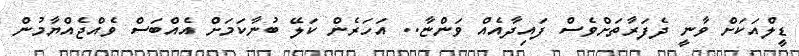
ޑީލްއަކަށް ވާނީ ދެފަރާތަށްވެސް ފައިދާއެއް ވަންޏާ.. އަހަރެން ކަލޭ ބުނާކަމަށް އެއްބަސް ވެއްޖެއްޔާމުން